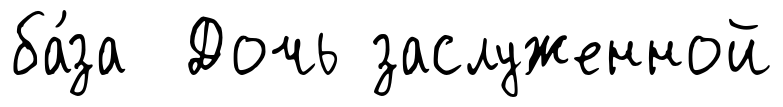
ба́за Дочь заслуженной